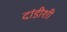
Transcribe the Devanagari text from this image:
दांडीशी